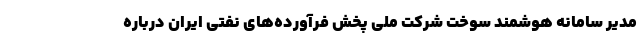
مدیر سامانه هوشمند سوخت شرکت ملی پخش فرآورده‌های نفتی ایران درباره